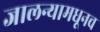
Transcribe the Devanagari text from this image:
जालन्यामधूनच